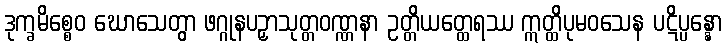
ဒုက္ခမိစ္စေဝ ဃောသေတွာ ဖဂ္ဂုနပဉှာသုတ္တဝဏ္ဏနာ ဥတ္တိယတ္ထေရဿ ဣတ္ထိပုမဝသေန ပဋိပ္ပန္နော